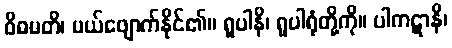
ဝိဓမတိ၊ ပယ်ဖျောက်နိုင်၏။ ရူပါနိ၊ ရူပါရုံတို့ကို။ ပါကဋာနိ၊